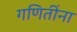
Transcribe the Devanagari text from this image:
गणितींना